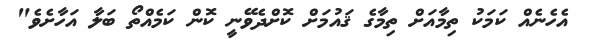
އެހެނެއް ކަމަކު ތިމާއަށް ތިމާގެ ޤައުމަށް ކޮށްދެވޭނީ ކޮން ކަމެއްތޯ ބަލާ އަހާށެވެ"